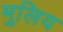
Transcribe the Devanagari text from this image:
मुलिय